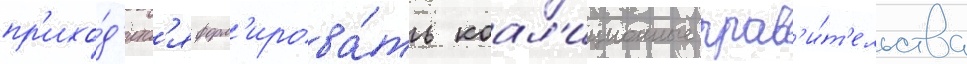
пр'ихо́д'итс'я форм'ирова́ть коал'иционные прав'и́т'ельства